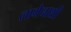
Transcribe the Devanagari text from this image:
लागेनाशी